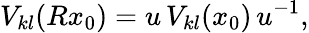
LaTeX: V_{kl}(Rx_{0})=u\, V_{kl}(x_{0})\, u^{-1},